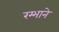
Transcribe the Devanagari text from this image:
रम्भाने